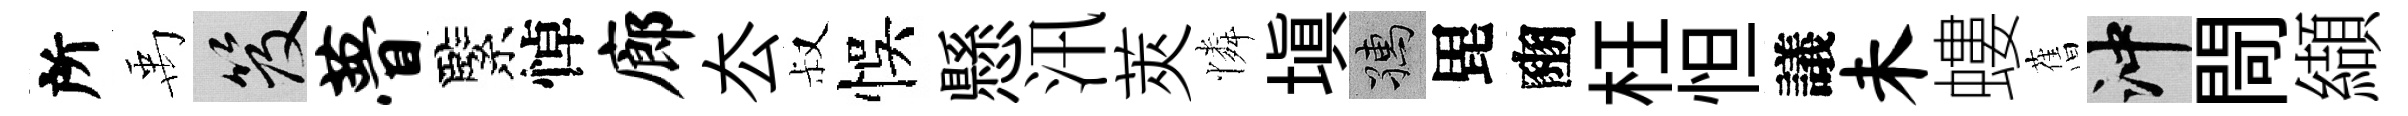
所禹笈瞢緊悼廊厺叔悞懸汛莢憐填孺毘豳枉怛議未螻𦾔冲閜纈